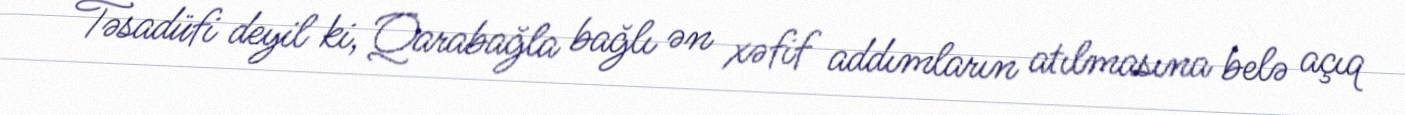
Təsadüfi deyil ki, Qarabağla bağlı ən xəfif addımların atılmasına belə açıq